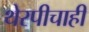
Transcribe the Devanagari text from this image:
थेरपीचाही